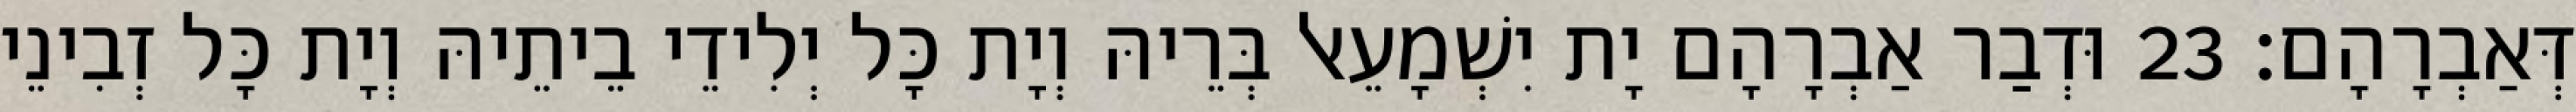
דְּאַבְרָהָם׃ 23 וּדְבַר אַבְרָהָם יָת יִשְׁמָעֵאל בְּרֵיהּ וְיָת כָּל יְלִידֵי בֵיתֵיהּ וְיָת כָּל זְבִינֵי